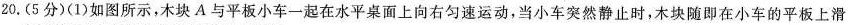
20.(5分)(1)如图所示，木块A与平板小车一起在水平桌面上向右匀速运动，当小车突然静止时，木块随即在小车的平板上滑行，画出木块滑